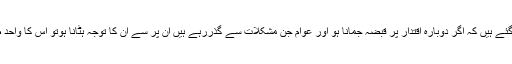
ہندوتوا کے ماسٹر مائنڈاب اس نتیجے پر پہنچ گئے ہیں کہ اگر دوبارہ اقتدار پر قبضہ جمانا ہو اور عوام جن مشکلات سے گذررہے ہیں ان پر سے ان کا توجہ ہٹانا ہوتو اس کا واحد طریقہ ہندؤں کے مذہبی جذبات کو بھڑکانا ہے۔